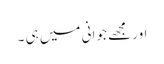
اور مجھے جوانی میں ہی ۔